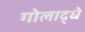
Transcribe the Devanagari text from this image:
गोलाद्र्धे